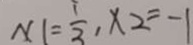
x 1 = \frac { 1 } { 3 } , x 2 = - 1